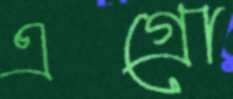
এগ্রো